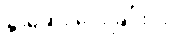
နှာဆေး ပေးခြင်း၊ ၉။